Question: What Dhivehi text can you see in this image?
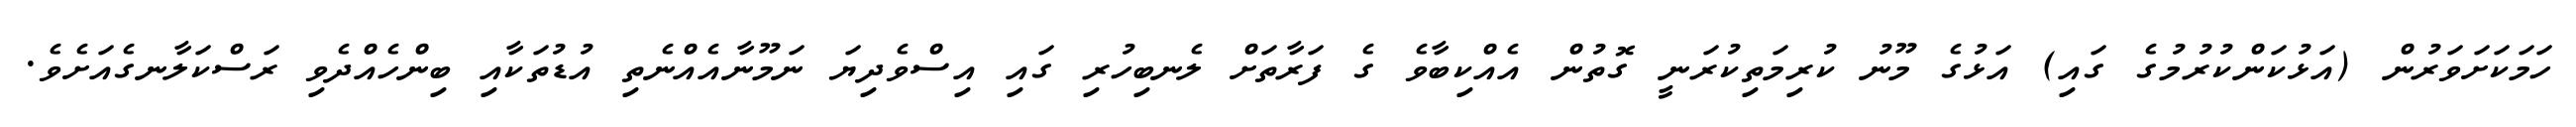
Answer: ހަމަކަށަވަރުން (އަޅުކަންކުރުމުގެ ގައި) އަޅުގެ މޫނު ކުރިމަތިކުރަނީ ގޮތުން އެއްކިބާވެ ގެ ފަރާތަށް ލެނބިހުރި ގައި އިސްވެދިޔަ ނަމޫނާއެއްނެތި އުޑުތަކާއި ބިންހެއްދެވި ރަސްކަލާނގެއަށެވެ.